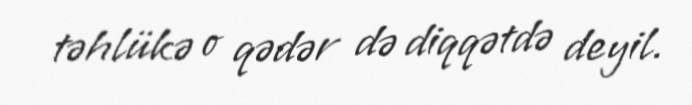
təhlükə o qədər də diqqətdə deyil.